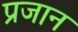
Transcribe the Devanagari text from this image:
प्रजान